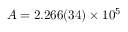
A = 2 . 2 6 6 ( 3 4 ) \times 1 0 ^ { 5 }